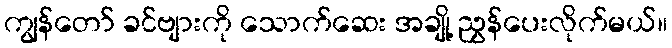
ကျွန်တော် ခင်ဗျားကို သောက်ဆေး အချို့ ညွှန်ပေးလိုက်မယ်။